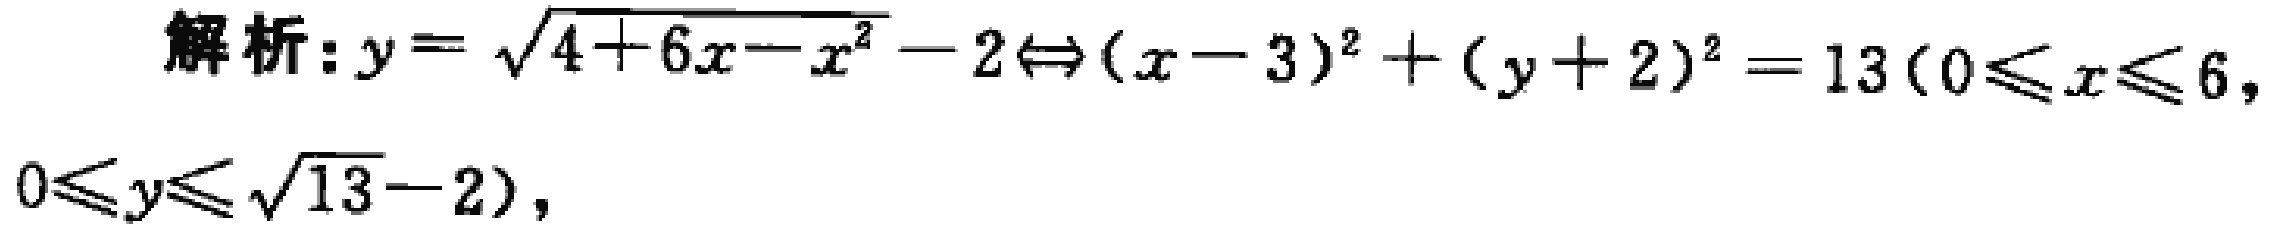
解析：$y = \sqrt{4 + 6x - x^{2}} - 2\Leftrightarrow(x - 3)^{2} + (y + 2)^{2} = 13(0\leqslant x\leqslant 6,0\leqslant y\leqslant \sqrt{13} - 2)$，